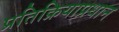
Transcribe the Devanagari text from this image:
प्रतिक्रियाप्रधान